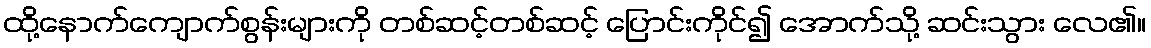
ထို့နောက်ကျောက်စွန်းများကို တစ်ဆင့်တစ်ဆင့် ပြောင်းကိုင်၍ အောက်သို့ ဆင်းသွား လေ၏။